Report of the Indian Hemp Drugs Commission, 1894-1895 - Volume V
Year: 1894
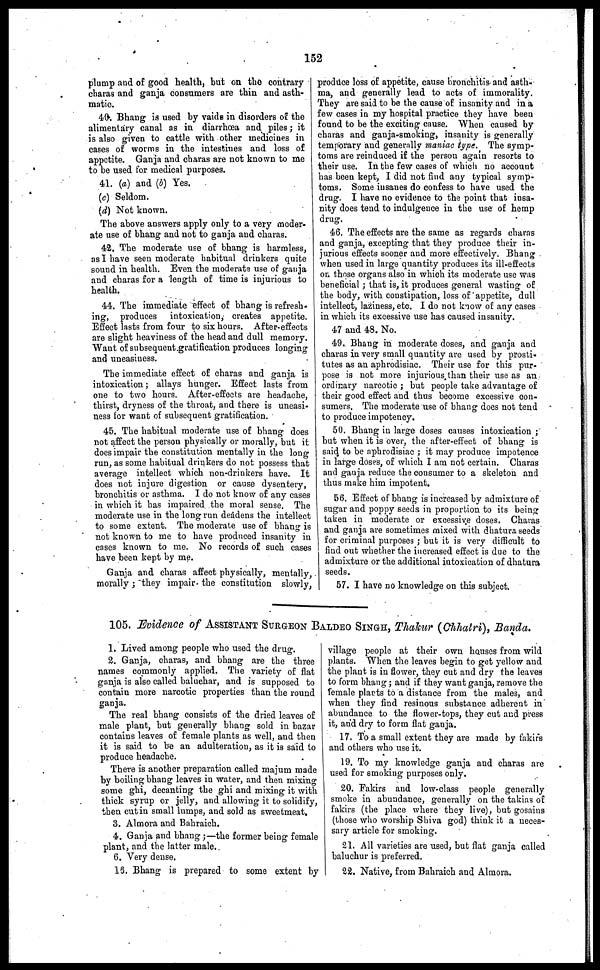
152
plump and of good health, but on the contrary
charas and ganja consumers are thin and asth-
matic.
40. Bhang is used by vaide in disorders of the
alimentary canal as in diarrhœa and piles; it
is also given to cattle with other medicines in
cases of worms in the intestines and loss of
appetite. Ganja and charas are not known to me
to be used for medical purposes.
41. (a) and (b) Yes.
(c) Seldom.
(d) Not known.
The above answers apply only to a very moder-
ate use of bhang and not to ganja and charas.
42. The moderate use of bhang is harmless,
as I have seen moderate habitual drinkers quite
sound in health. Even the moderate use of ganja
and charas for a length of time is injurious to
health.
44. The immediate effect of bhang is refresh-
ing, produces intoxication, creates appetite.
Effect lasts from four to six hours. After-effects
are slight heaviness of the head and dull memory.
Want of subsequent gratification produces longing
and uneasiness.
The immediate effect of charas and ganja is
intoxication; allays hunger. Effect lasts from
one to two hours. After-effects are headache,
thirst, dryness of the throat, and there is uneasi-
ness for want of subsequent gratification.
45. The habitual moderate use of bhang does
not affect the person physically or morally, but it
does impair the constitution mentally in the long
run, as some habitual drinkers do not possess that
average intellect which non-drinkers have. It
does not injure digestion or cause dysentery,
bronchitis or asthma. I do not know of any cases
in which it has impaired the moral sense. The
moderate use in the long run deadens the intellect
to some extent. The moderate use of bhang is
not known to me to have produced insanity in
cases known to me. No records of such cases
have been kept by me.
Ganja and charas affect physically, mentally,
morally; they impair the constitution slowly,
produce loss of appetite, cause bronchitis and asth-
ma, and generally lead to acts of immorality.
They are said to be the cause of insanity and in a
few cases in my hospital practice they have been
found to be the exciting cause. When caused by
charas and ganja-smoking, insanity is generally
temporary and generally maniac type. The symp-
toms are reinduced if the person again resorts to
their use. In the few cases of which no account
has been kept, I did not find any typical symp-
toms. Some insanes do confess to have used the
drug. I have no evidence to the point that insa-
nity does tend to indulgence in the use of hemp
drug.
46. The effects are the same as regards charas
and ganja, excepting that they produce their in-
jurious effects sooner and more effectively. Bhang
when used in large quantity produces its ili-effects
on those organs also in which its moderate use was
beneficial; that is, it produces general wasting of
the body, with constipation, loss of appetite, dull
intellect, laziness, etc. I do not know of any cases
in which its excessive use has caused insanity.
47 and 48. No.
49. Bhang in moderate doses, and ganja and
charas in very small quantity are used by prosti-
tutes as an aphrodisiac. Their use for this pur-
pose is not more injurious than their use as an
ordinary narcotic; but people take advantage of
their good effect and thus become excessive con-
sumers. The moderate use of bhang does not tend
to produce impotency.
50. Bhang in large doses causes intoxication;
but when it is over, the after-effect of bhang is
said to be aphrodisiac; it may produce impotence
in large doses, of which I am not certain. Charas
and ganja reduce the consumer to a skeleton and
thus make him impotent.
56. Effect of bhang is increased by admixture of
sugar and poppy seeds in proportion to its being
taken in moderate or excessive doses. Charas
and ganja are sometimes mixed with dhatura seeds
for criminal purposes; but it is very difficult to
find out whether the increased effect is due to the
admixture or the additional intoxication of dhatura
seeds.
57. I have no knowledge on this subject.
105. Evidence of ASSISTANT SURGEON BALDEO SINGH, Thakur (Chhatri), Banda.
1. Lived among people who used the drug.
2. Ganja, charas, and bhang are the three
names commonly applied. The variety of flat
ganja is also called baluchar, and is supposed to
contain more narcotic properties than the round
ganja.
The real bhang consists of the dried leaves of
male plant, but generally bhang sold in bazar
contains leaves of female plants as well, and then
it is said to be an adulteration, as it is said to
produce headache.
There is another preparation called majum made
by boiling bhang leaves in water, and then mixing
some ghi, decanting the ghi and mixing it with
thick syrup or jelly, and allowing it to solidify,
then cut in small lumps, and sold as sweetmeat,
3. Almora and Bahraich.
4. Ganja and bhang;—the former being female
plant, and the latter male.
6. Very dense.
15. Bhang is prepared to some extent by
village people at their own houses from wild
plants. When the leaves begin to get yellow and
the plant is in flower, they cut and dry the leaves
to form bhang; and if they want ganja, remove the
female plants to a distance from the males, and
when they find resinous substance adherent in
abundance to the flower-tops, they cut and press
it, and dry to form flat ganja.
17. To a small extent they are made by fakirs
and others who use it.
19. To my knowledge ganja and charas are
used for smoking purposes only.
20. Fakirs and low-class people generally
smoke in abundance, generally on the takias of
fakirs (the place where they live), but gosains
(those who worship Shiva god) think it a neces-
sary article for smoking.
21. All varieties are used, but flat ganja called
baluchur is preferred.
22. Native, from Bahraich and Almora.